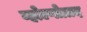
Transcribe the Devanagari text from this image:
व्होल्गोग्राद